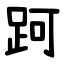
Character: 跒